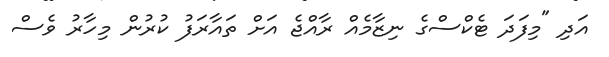
އަދި "މިފަދަ ޓެކްސްގެ ނިޒާމެއް ރާއްޖެ އަށް ތައާރަފު ކުރުން މިހާރު ވެސް